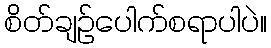
စိတ်ချဉ်ပေါက်စရာပါပဲ။